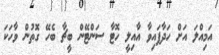
އަމިއްލަ އަށް ހަދާފައިވާ އާއިލީ ހޮޓާ ސަންޓޭން ބީޗާ ބެހޭ ގޮތުން ވާހަކަ